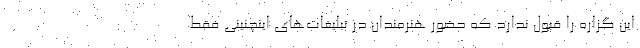
این گزاره را قبول ندارد که حضور هنرمندان در تبلیغات‌های اینچنینی فقط